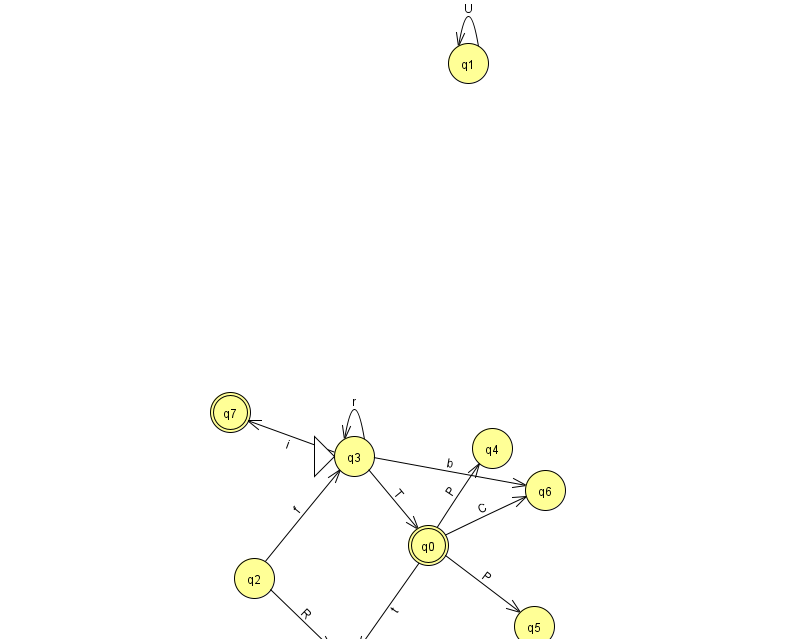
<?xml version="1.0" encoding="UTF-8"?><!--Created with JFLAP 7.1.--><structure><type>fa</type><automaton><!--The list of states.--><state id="0" name="q0"><x>428.0</x><y>532.0</y><final/></state><state id="1" name="q1"><x>468.0</x><y>50.0</y></state><state id="2" name="q2"><x>254.0</x><y>565.0</y></state><state id="3" name="q3"><x>354.0</x><y>443.0</y><initial/></state><state id="4" name="q4"><x>492.0</x><y>435.0</y></state><state id="5" name="q5"><x>534.0</x><y>613.0</y></state><state id="6" name="q6"><x>545.0</x><y>477.0</y></state><state id="7" name="q7"><x>230.0</x><y>399.0</y><final/></state><state id="8" name="q8"><x>344.0</x><y>651.0</y><final/></state><!--The list of transitions.--><transition><from>0</from><to>8</to><read>t</read></transition><transition><from>0</from><to>5</to><read>P</read></transition><transition><from>3</from><to>0</to><read>T</read></transition><transition><from>3</from><to>3</to><read>r</read></transition><transition><from>0</from><to>4</to><read>P</read></transition><transition><from>1</from><to>1</to><read>U</read></transition><transition><from>3</from><to>7</to><read>i</read></transition><transition><from>2</from><to>3</to><read>f</read></transition><transition><from>0</from><to>6</to><read>C</read></transition><transition><from>2</from><to>8</to><read>R</read></transition><transition><from>3</from><to>6</to><read>b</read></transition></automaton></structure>